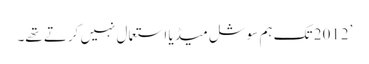
’2012 تک ہم سوشل میڈیا استعمال نہیں کرتے تھے۔